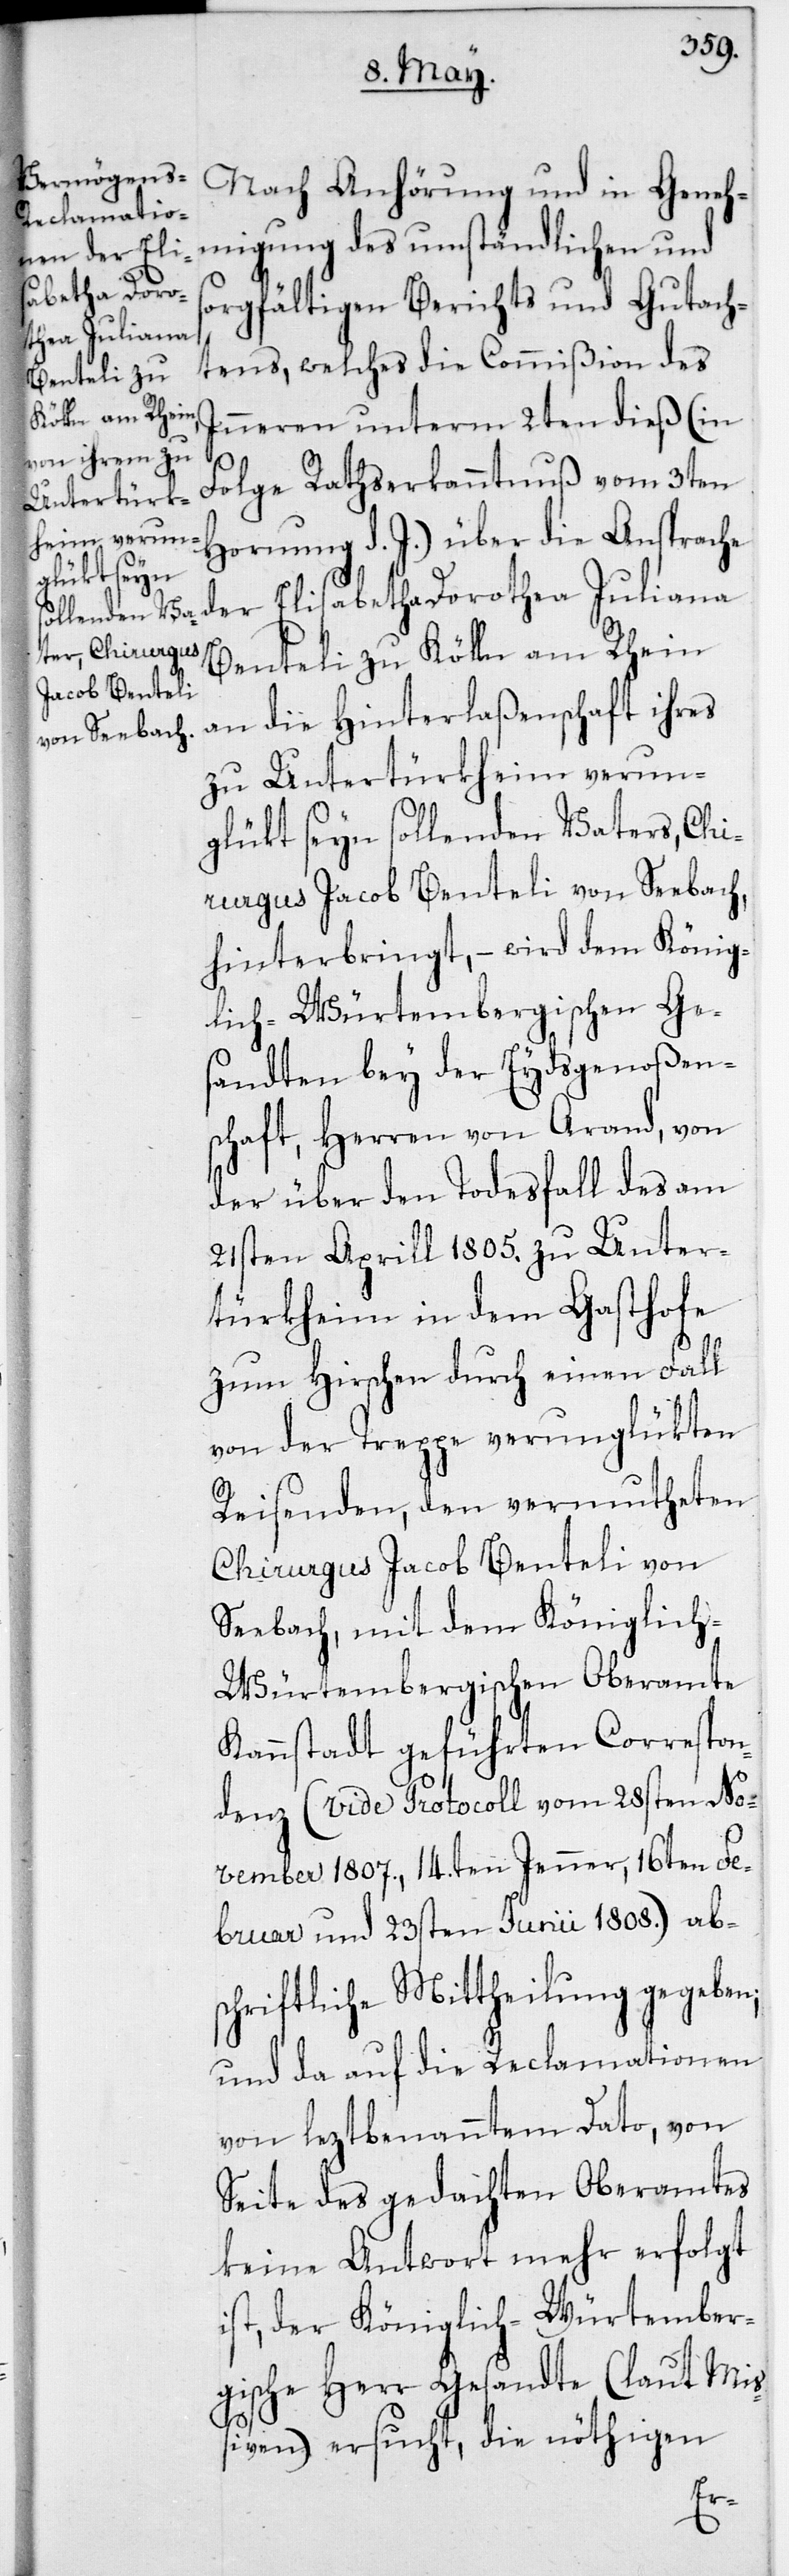
Nach Anhörung und in Geneh¬
migung des umständlichen und
orgfältigen Berichts und Gutach¬
tens, welches die Commißion des
Inneren unterm 2ten dieß (in
Folge Rathserkanntnuß vom 3ten
Hornung d. J.) über die Ansprache
der Elisabetha Dorothea Juliana
Benteli zu Kölln am Rhein
an die Hinterlaßenschaft ihres
zu Untertürkheim verun¬
glükt seyn sollenden Vaters, Chi¬
rurgus Jacob Benteli von Seebach,
hinterbringt, – wird dem könig¬
lich-Würtembergischen Ge¬
sandten bey der Eydsgenoßen¬
schaft, Herren von Arand, von
der über den Todesfall des am
21sten Aprill 1805. zu Unter¬
türkheim in dem Gasthofe
zum Hirschen durch einen Fall
von der Treppe verunglükten
Reisenden, den vermutheten
Chirurgus Jacob Benteli von
Seebach, mit dem Königlich-W¬
ürtembergischen Oberamte
Kannstatt geführten Correspon¬
denz (vide Protocoll vom 28sten No¬
vember 1807., 14ten Jenner, 16ten Fe¬
bruar und 23sten Junii 1808.) ab¬
schriftliche Mittheilung gegeben,
und da auf die Reclamationen
von leztbenanntem Dato, von
Seite des gedachten Oberamtes
keine Antwort mehr erfolgt
ist, der Königlich-Würtember¬
gische Herr Gesandte (laut Mi¬
ßiven) ersucht, die nöthigen
s¬